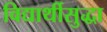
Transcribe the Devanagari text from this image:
विद्यार्थीसुद्धा